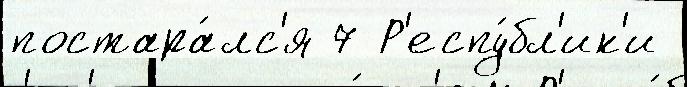
постара́лс'я 7 Р'еспу́бл'ик'и